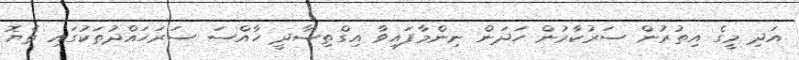
އަދި މީގެ އިތުރުން ސަރުކާރުން ހަދަން ނިންމާފައިވާ އިގްތިސާދީ ހާއްސަ ސަރަހައްދުތަކުގައި ތެޔޮ